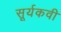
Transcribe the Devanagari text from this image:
सूर्यकवी